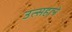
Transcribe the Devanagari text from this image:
उत्सहाने